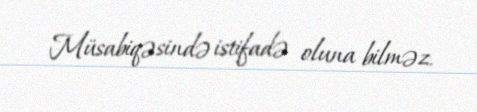
Müsabiqəsində istifadə oluna bilməz.